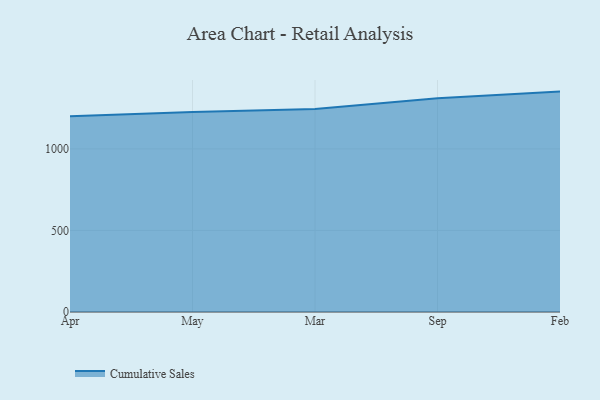
{"axis": {"x": "Month", "y": "LTV (USD)"}, "legend": ["Cumulative Sales"], "data": [{"x": "Apr", "y": 1200.1, "type": "Cumulative Sales"}, {"x": "May", "y": 1226.6, "type": "Cumulative Sales"}, {"x": "Mar", "y": 1244.8, "type": "Cumulative Sales"}, {"x": "Sep", "y": 1310.7, "type": "Cumulative Sales"}, {"x": "Feb", "y": 1351.0, "type": "Cumulative Sales"}]}